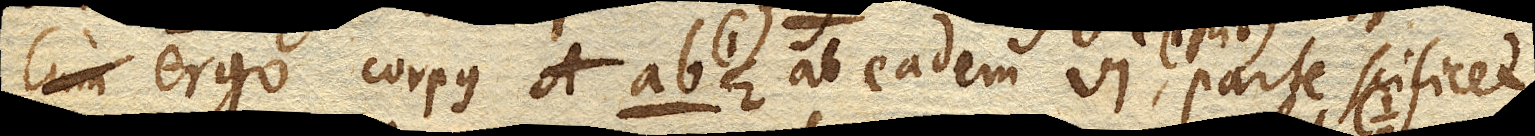
ergo corpus ab. ab eadem vi (1 lib.), parte scilicet